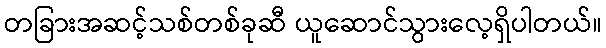
တခြားအဆင့်သစ်တစ်ခုဆီ ယူဆောင်သွားလေ့ရှိပါတယ်။